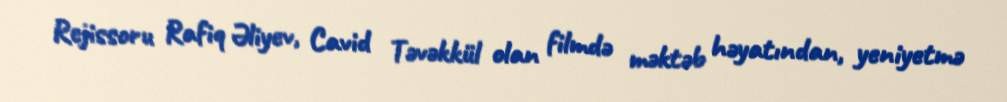
Rejissoru Rafiq Əliyev, Cavid Təvəkkül olan filmdə məktəb həyatından, yeniyetmə